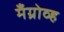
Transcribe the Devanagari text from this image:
मँग्रोव्ह